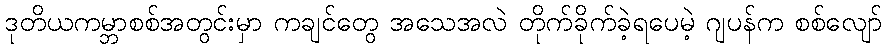
ဒုတိယကမ္ဘာစစ်အတွင်းမှာ ကချင်တွေ အသေအလဲ တိုက်ခိုက်ခဲ့ရပေမဲ့ ဂျပန်က စစ်လျော်